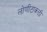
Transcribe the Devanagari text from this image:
लोणीटाकळी